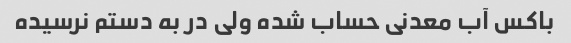
باکس آب معدنی حساب شده ولی در به دستم نرسیده